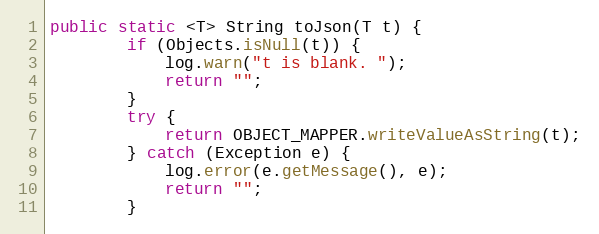
Language: Java
public static <T> String toJson(T t) {
        if (Objects.isNull(t)) {
            log.warn("t is blank. ");
            return "";
        }
        try {
            return OBJECT_MAPPER.writeValueAsString(t);
        } catch (Exception e) {
            log.error(e.getMessage(), e);
            return "";
        }